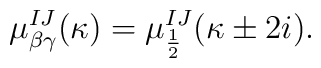
\mu_{\beta\gamma}^{IJ}(\kappa)=\mu^{IJ}_{\frac12}(\kappa\pm 2i).